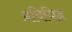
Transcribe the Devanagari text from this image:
प्रविधिज्ञ